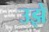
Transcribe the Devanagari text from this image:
उझे